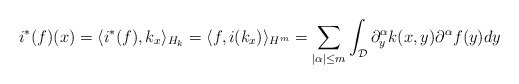
\begin{align*}i^*(f)(x) &= \langle i^*(f),k_x\rangle_{H_k} = \langle f,i(k_x)\rangle_{H^m} = \sum_{|\alpha| \leq m} \int_{\mathcal{D}} \partial_y^{\alpha}k(x,y)\partial^{\alpha}f(y)dy\end{align*}